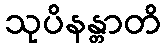
သုပိနန္တာတိ